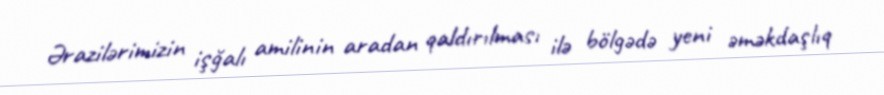
Ərazilərimizin işğalı amilinin aradan qaldırılması ilə bölgədə yeni əməkdaşlıq